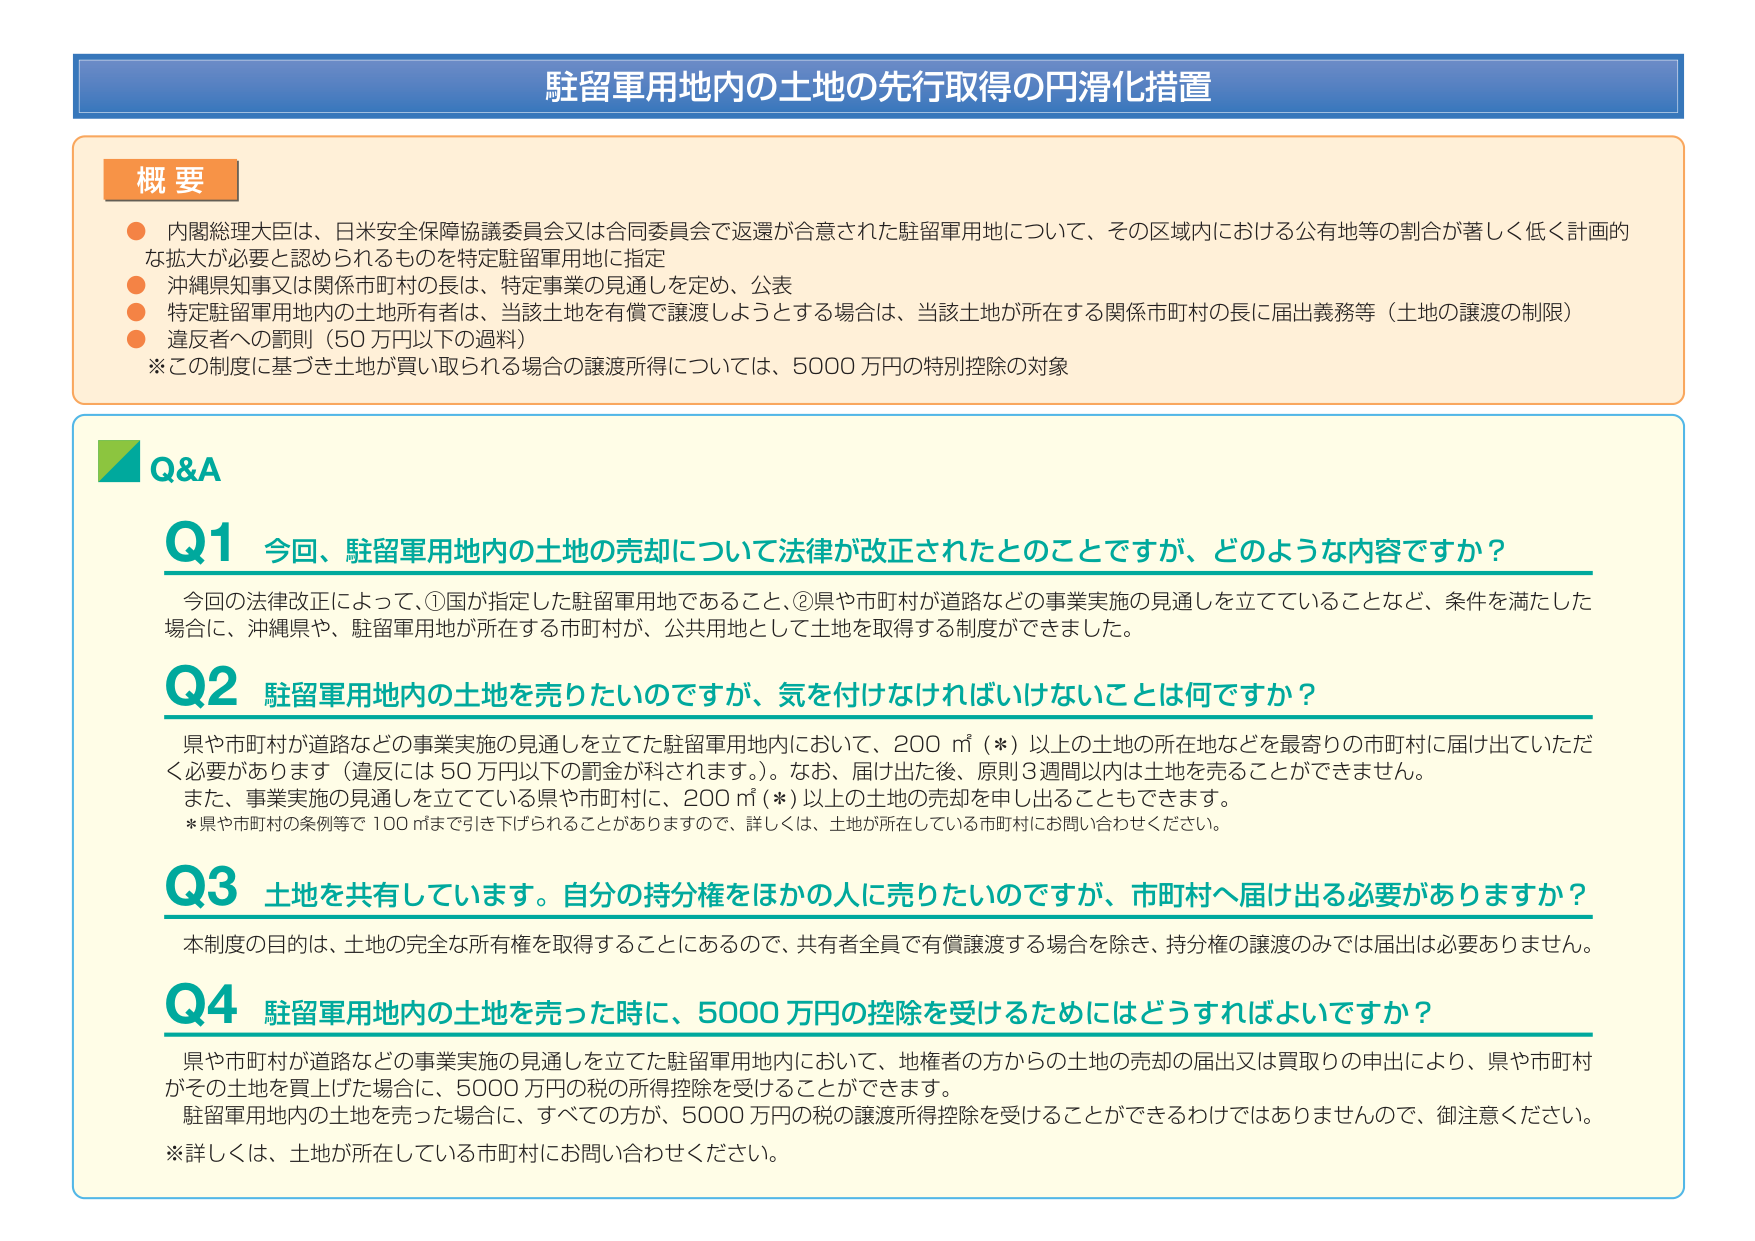
駐留軍用地内の土地の先行取得の円滑化措置

概要
● 内閣総理大臣は、日米安全保障協議委員会又は合同委員会で返還が合意された駐留軍用地について、その区域内における公有地等の割合が著しく低く計画的な拡大が必要と認められるものを特定駐留軍用地に指定
● 沖縄県知事又は関係市町村の長は、特定事業の見通しを定め、公表
● 特定駐留軍用地内の土地所有者は、当該土地を有償で譲渡しようとする場合は、当該土地が所在する関係市町村の長に届出義務等（土地の譲渡の制限）
● 違反者への罰則（50万円以下の過料）
※この制度に基づき土地が買い取られる場合の譲渡所得については、5000万円の特別控除の対象

Q&A
Q1 今回、駐留軍用地内の土地の売却について法律が改正されたとのことですが、どのような内容ですか？
今回の法律改正によって、①国が指定した駐留軍用地であること、②県や市町村が道路などの事業実施の見通しを立てていることなど、条件を満たした場合に、沖縄県や、駐留軍用地が所在する市町村が、公共用地として土地を取得する制度ができました。

Q2 駐留軍用地内の土地を売りたいのですが、気を付けなければならないことは何ですか？
県や市町村が道路などの事業実施の見通しを立てた駐留軍用地内において、200㎡（*）以上の土地の所在地などを最寄りの市町村に届け出ていただく必要があります（違反には50万円以下の罰金が科されます。）。なお、届け出後、原則3週間以内は土地を売ることができません。
また、事業実施の見通しを立てている県や市町村に、200㎡（*）以上の土地の売却を申し出ることもできます。
*県や市町村の条例等で100㎡まで引き下げられることがありますので、詳しくは、土地が所在している市町村にお問い合わせください。

Q3 土地を共有しています。自分の持分権をほかの人に売りたいのですが、市町村へ届け出る必要がありますか？
本制度の目的は、土地の完全な所有権を取得することにあるので、共有者全員で有償譲渡する場合を除き、持分権の譲渡のみでは届出は必要ありません。

Q4 駐留軍用地内の土地を売った時に、5000万円の控除を受けるためにはどうすればよいですか？
県や市町村が道路などの事業実施の見通しを立てた駐留軍用地内において、地権者の方からの土地の売却の届出又は買取りの申出により、県や市町村がその土地を買上げた場合に、5000万円の税の所得控除を受けることができます。
駐留軍用地内の土地を売った場合に、すべての方が、5000万円の税の譲渡所得控除を受けることができるわけではありませんので、御注意ください。
※詳しくは、土地が所在している市町村にお問い合わせください。